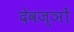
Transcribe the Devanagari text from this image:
देवज्ञों